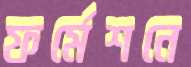
ফর্মেশনে